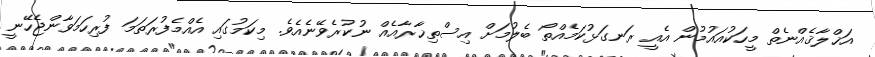
އަޚްލާޤެއްނެތް މީހަކުއައުމުން އެއީ ރަނގަޅުކަމެއްތޯ ބެލުމަށް އިސްތިޚާރާއެއް ނުކުރެވޭނެއެވެ. މިކަމުގައި އެއްމެފުރަތަމަ ފުރިހަމަވާންޖެހޭނީ